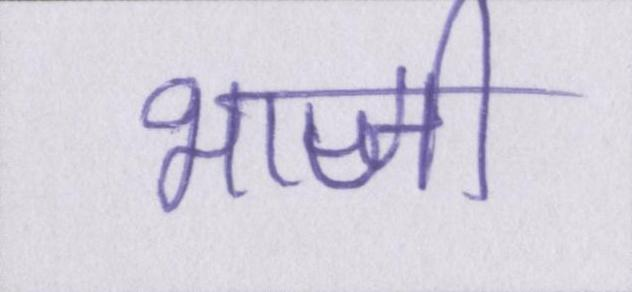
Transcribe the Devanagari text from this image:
भाजी